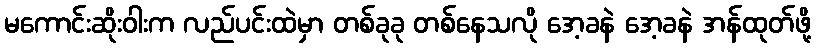
မကောင်းဆိုးဝါးက လည်ပင်းထဲမှာ တစ်ခုခု တစ်နေသလို အေ့ခနဲ အေ့ခနဲ အန်ထုတ်ဖို့